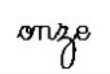
onze